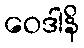
ဝေဒါနိ